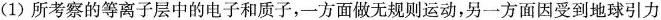
(1)所考察的等离子层中的电子和质子，一方面做无规则运动，另一方面因受到地球引力